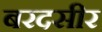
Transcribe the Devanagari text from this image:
बरदसीर